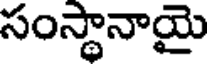
సంస్థానాయై